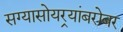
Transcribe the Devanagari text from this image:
सग्यासोयर्‍यांबरोबर